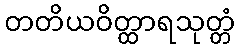
တတိယဝိတ္ထာရသုတ္တံ